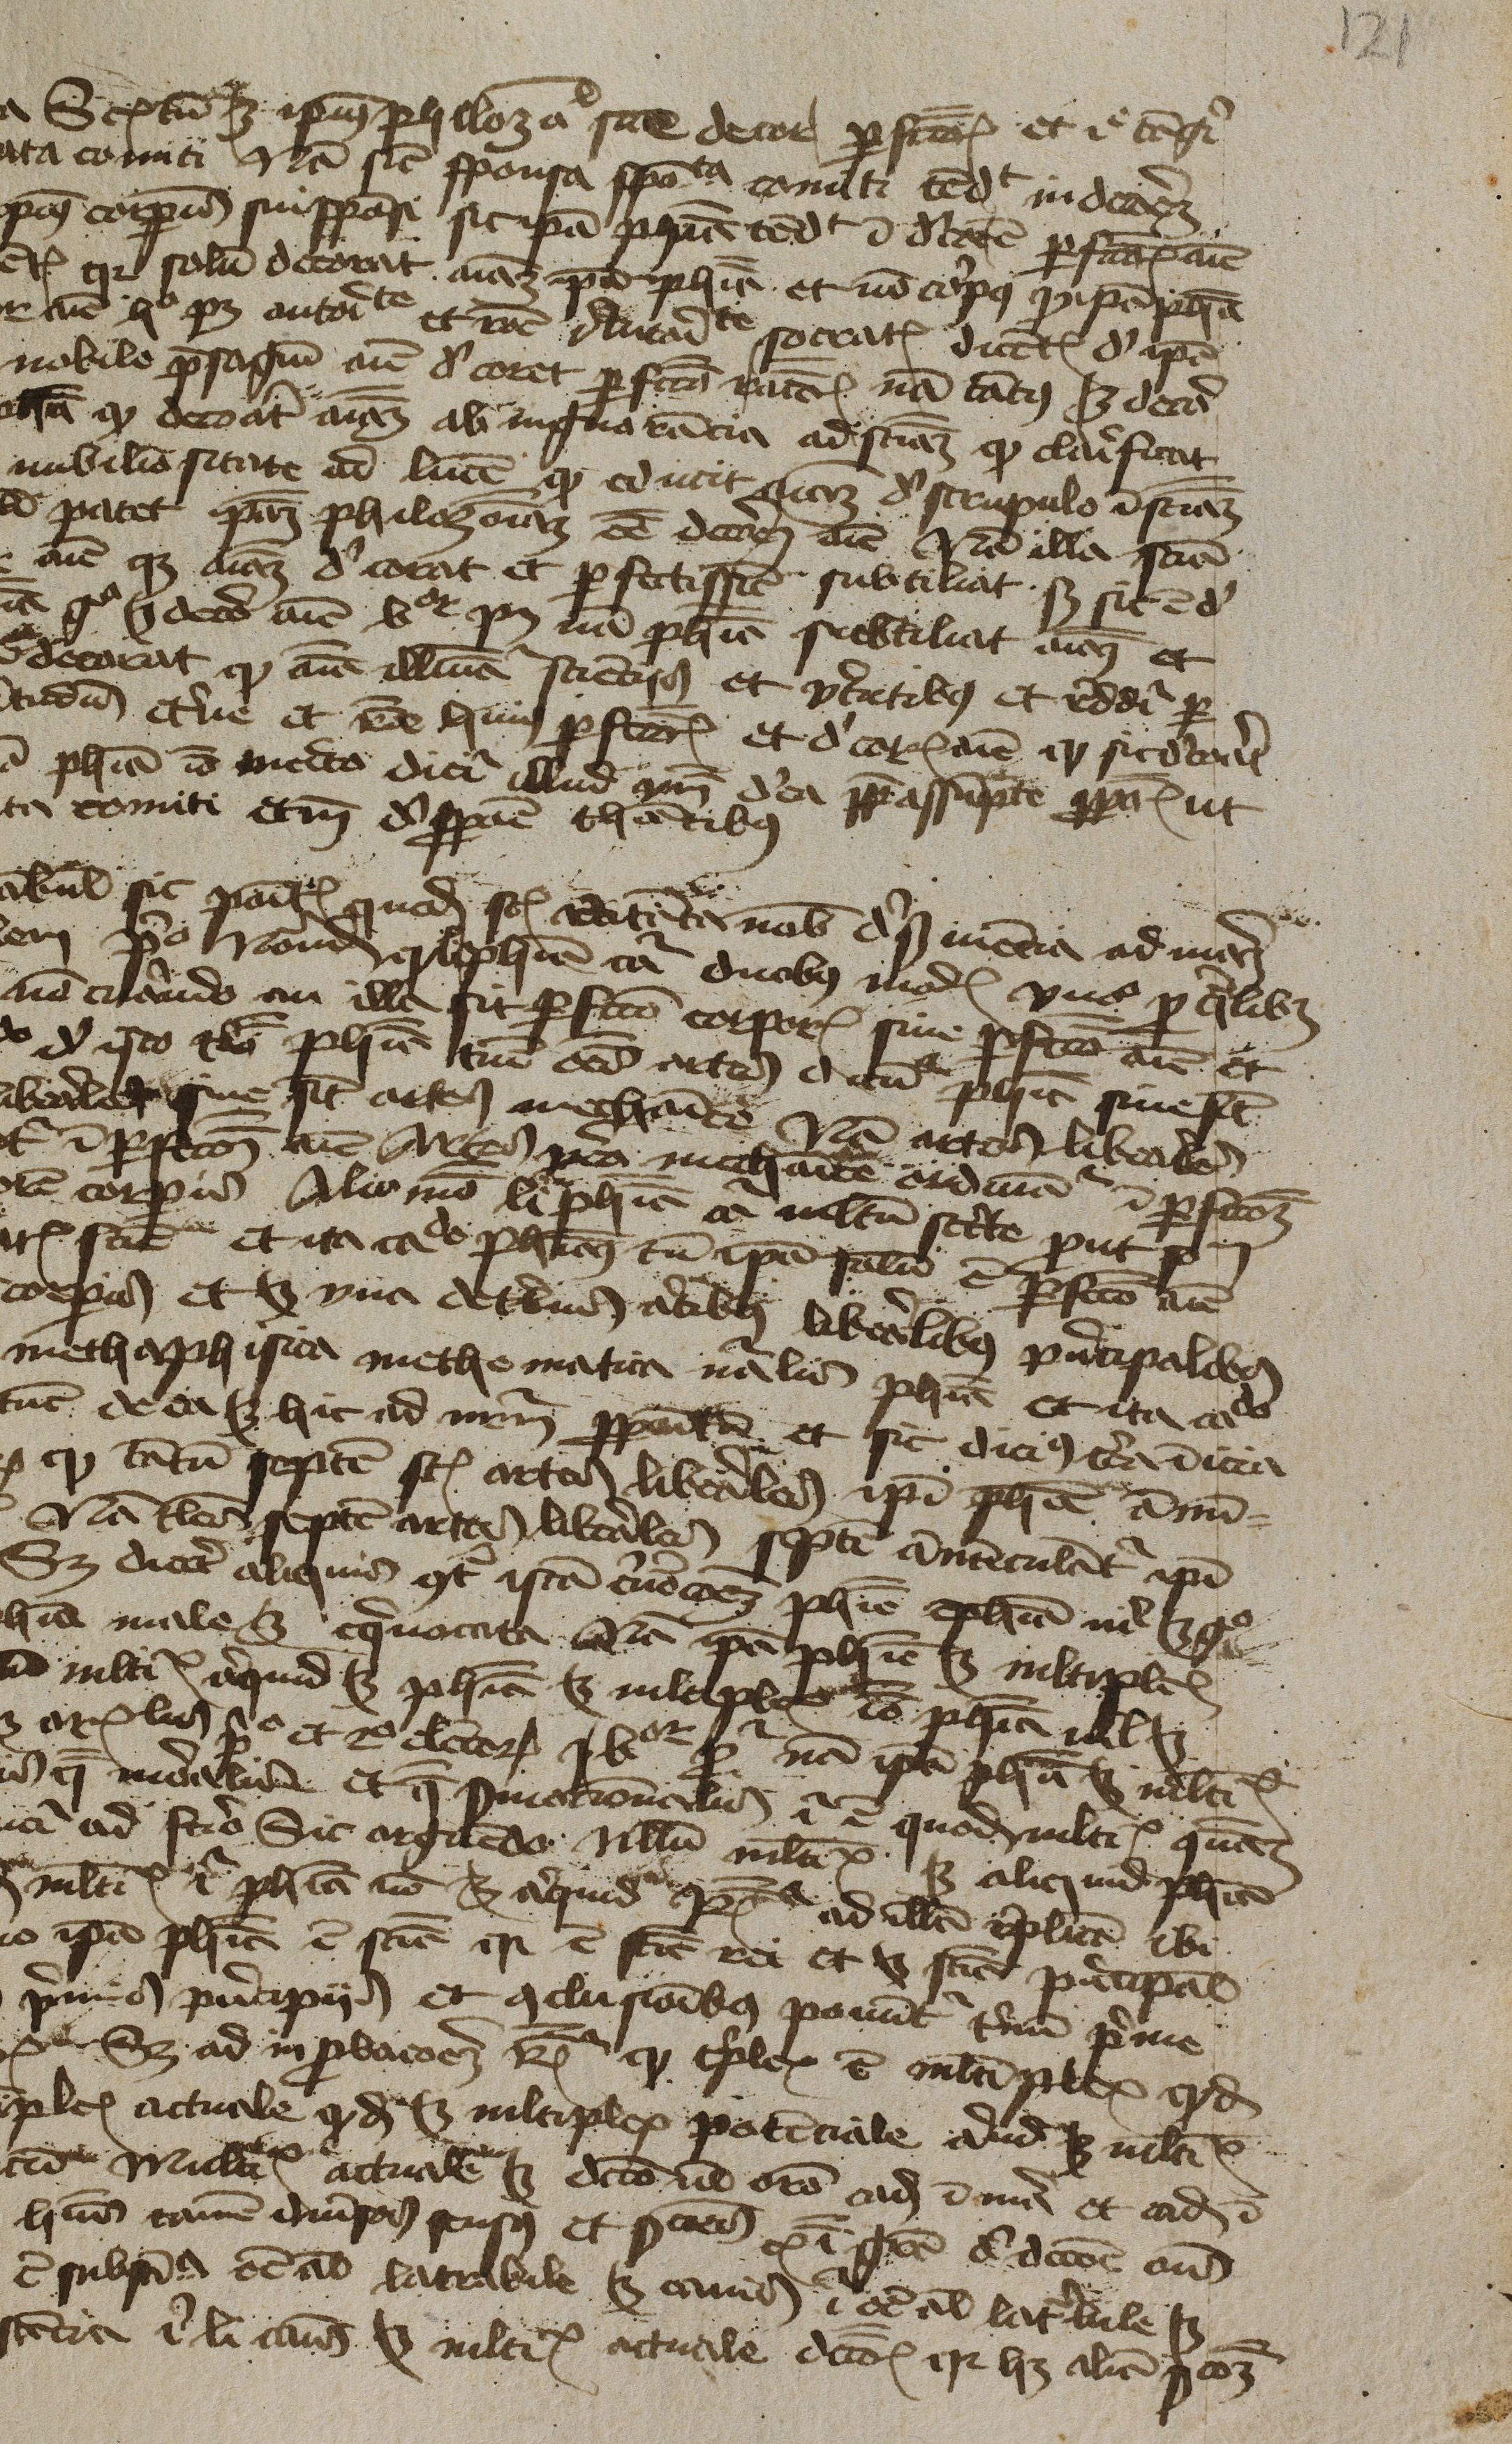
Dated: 1450–1474